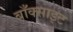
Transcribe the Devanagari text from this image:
बाँक्साइट